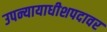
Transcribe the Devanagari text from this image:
उपन्यायाधीशपदावर